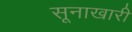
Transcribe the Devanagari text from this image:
सूनाखारी